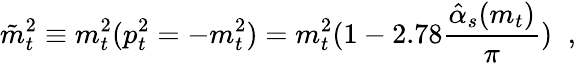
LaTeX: \tilde{m}_{t}^{2}\equiv m_{t}^{2}(p_{t}^{2}=-m_{t}^{2})=m_{t}^{2}(1-2.78\frac{\hat{\alpha}_{s}(m_{t})}{\pi})\; \; ,